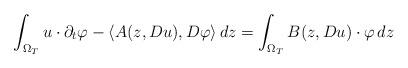
LaTeX: \begin{align*}\int_{\Omega_T}u\cdot \partial_t \varphi - \langle A(z,Du), D\varphi\rangle\, dz=\int_{\Omega_T}B(z,Du)\cdot\varphi \,dz\end{align*}